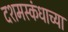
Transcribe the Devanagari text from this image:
दशमस्कंधाच्या